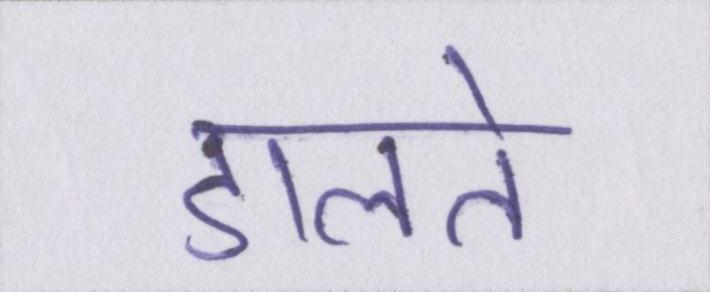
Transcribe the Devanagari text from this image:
डालते